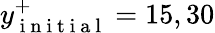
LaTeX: y_{\mathrm{~i~n~i~t~i~a~l~}}^{+}=15,30